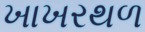
ખાખરથળ